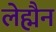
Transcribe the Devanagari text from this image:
लेह्मैन